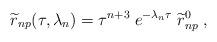
LaTeX: \begin{align*}{\widetilde r}_{np}(\tau,\lambda_{n})=\tau^{n+3}\; e^{-\lambda_{n}\tau} \; {\widetilde r}_{np}^{0} \; ,\end{align*}